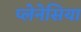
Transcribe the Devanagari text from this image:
प्लेनेसिया